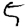
Digit: 5